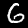
Label: 6